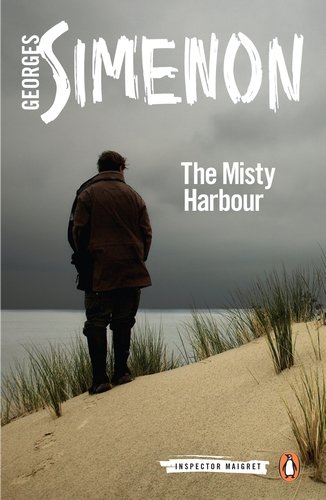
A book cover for The Misty Harbour (Inspector Maigret); Georges Simenon; Mystery, Thriller & Suspense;